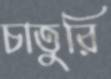
চাতুরি